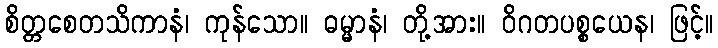
စိတ္တစေတသိကာနံ၊ ကုန်သော။ ဓမ္မာနံ၊ တို့အား။ ဝိဂတပစ္စယေန၊ ဖြင့်။